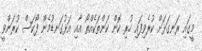
މީގައި ރަނގަޅަށް ކުރެވިފައި ހުރި ކޮން ކަންތަކެއްތޯ އާއި އަޅުގަނޑުމެން ފޯކަސް ކުރަންވީ